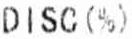
DISC (%)